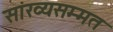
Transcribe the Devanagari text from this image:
सांख्यसम्मत